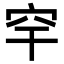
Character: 𥤱